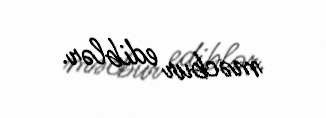
məcbur ediblər.